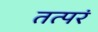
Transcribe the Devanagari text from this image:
तत्परं